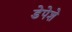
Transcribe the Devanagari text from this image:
डेपेशे